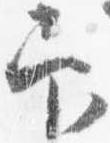
印